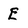
Character: E